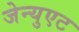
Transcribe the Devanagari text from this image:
जेन्युएट